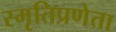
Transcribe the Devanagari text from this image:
स्मृतिप्रणेता